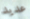
عديد